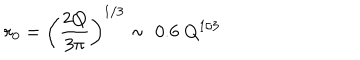
LaTeX: r _ { 0 } = \left( \frac { 2 Q } { 3 \pi } \right) ^ { 1 / 3 } \sim \; 0 . 6 \; Q ^ { 1 / 3 }